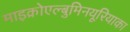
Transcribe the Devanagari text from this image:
माइक्रोएल्बुमिनयूरियाका